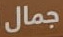
جمال